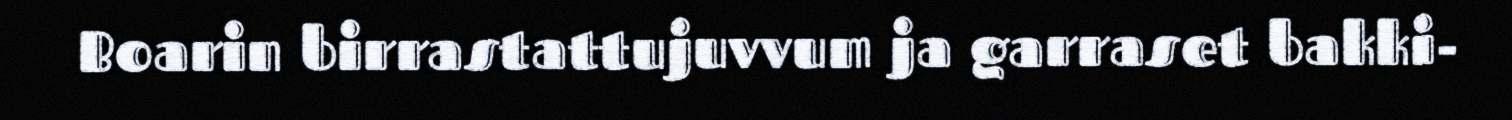
Boarin birrastattujuvvum ja garraset bakki-